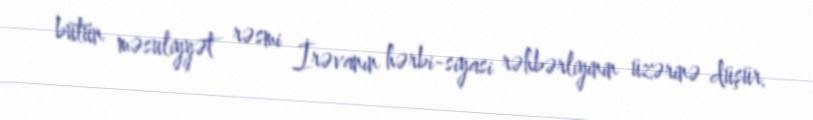
bütün məsuliyyət rəsmi İrəvanın hərbi-siyasi rəhbərliyinin üzərinə düşür.